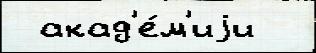
 акад'е́м'иjи